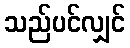
သည်ပင်လျှင်